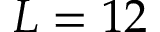
L = 1 2